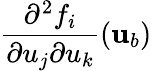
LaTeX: \frac{\partial^{2}f_{i}}{\partial u_{j}\partial u_{k}}({\mathbf{u}}_{b})